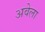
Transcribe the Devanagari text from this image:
अवेला